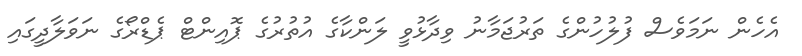
އެހެން ނަމަވެސް ފުލުހުންގެ ތަރުޖަމާނު ވިދާޅުވީ ލަންކާގެ އުތުރުގެ ޕޮއިންޓް ޕެޑްރޯގެ ނަވަލާދީގައި